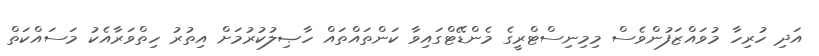
އަދި ހުރިހާ މުވައްޒަފުންވެސް މިމިނިސްޓްރީގެ މެންޑޭޓްގައިވާ ކަންތައްތައް ހާޞިލުކުރުމަށް އިތުރު ހިތްވަރާއެކު މަސައްކަތް